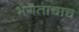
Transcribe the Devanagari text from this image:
भगताचाच